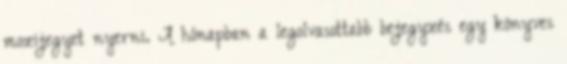
mozijegyet nyerni. A hónapban a legolvasottabb bejegyzés egy könyves